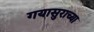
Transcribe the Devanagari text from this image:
गयासुराच्या